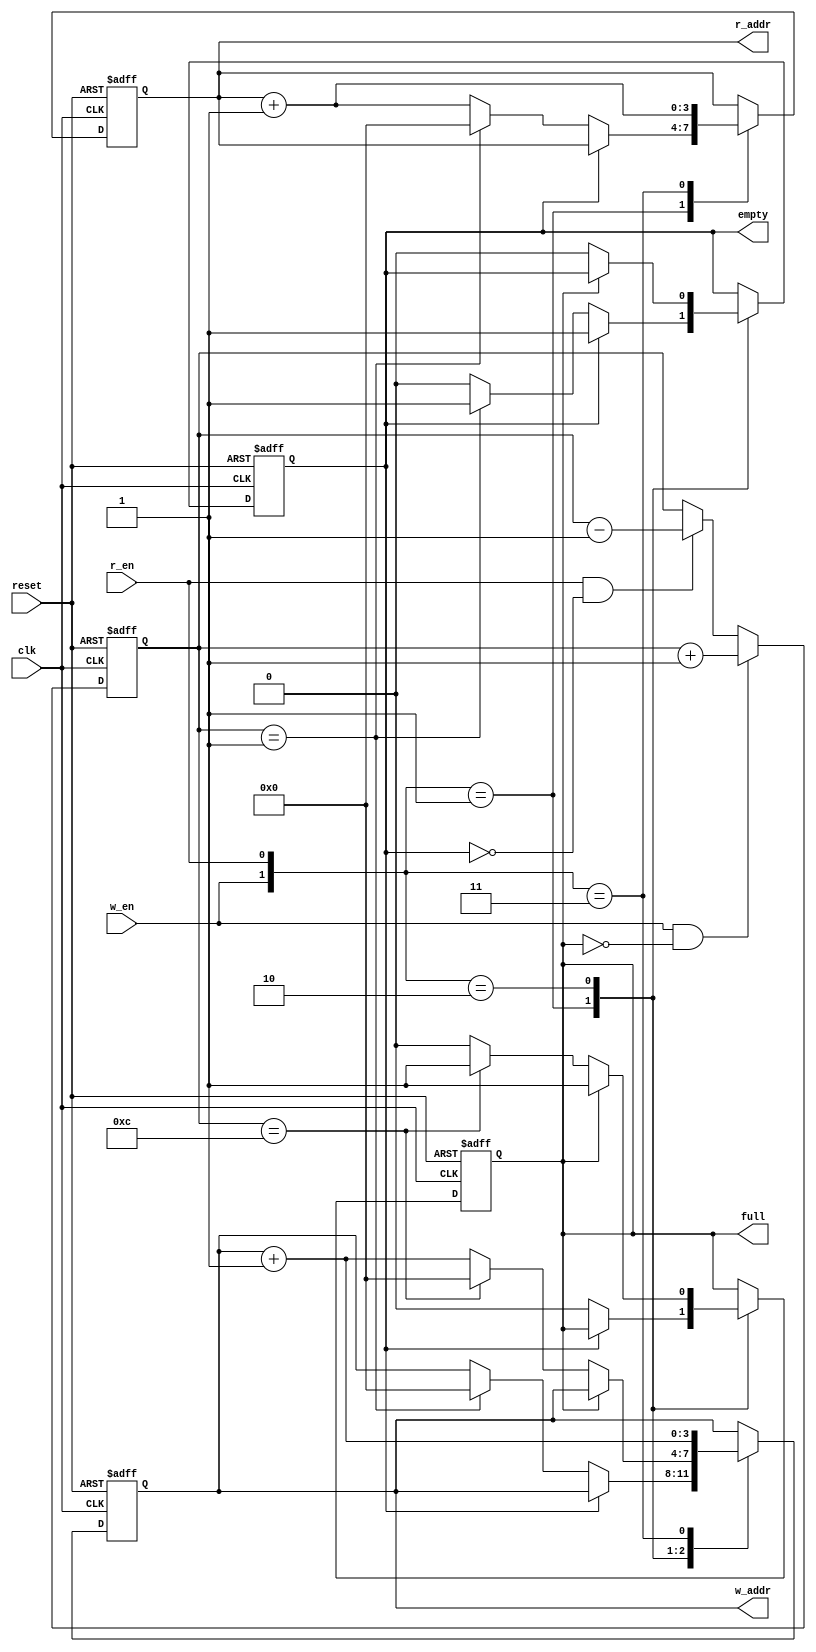
`timescale 1ns / 1ps
//////////////////////////////////////////////////////////////////////////////////
// Company: 
// Engineer: 
// 
// Design Name: 
// Module Name: fifo_controller
// Project Name: 
// Target Devices: 
// Tool Versions: 
// Description: 
// 
// Dependencies: 
// 
// Revision:
// Revision 0.01 - File Created
// Additional Comments:
// 
//////////////////////////////////////////////////////////////////////////////////


module fifo_controller
    #(
        parameter ADDR_WIDTH = 4, 
        parameter ADDR_AVAILABLE = 13
    )
    (   
        input clk, reset,
        input w_en, r_en, 
        output full, empty, 
        output [ADDR_WIDTH -1: 0] w_addr, 
        output [ADDR_WIDTH -1: 0] r_addr  
    );
    
    reg [ADDR_WIDTH -1: 0] w_ptr_reg;
    reg [ADDR_WIDTH -1: 0] r_ptr_reg;
    reg [ADDR_WIDTH -1: 0] w_ptr_next; 
    reg [ADDR_WIDTH -1: 0] r_ptr_next; 
    reg                    full_reg;  
    reg                    full_next; 
    reg                    empty_reg;  
    reg                    empty_next;
    reg [ADDR_WIDTH -1: 0] count_reg; 
    
    always @(posedge clk or posedge reset) begin 
        if(reset) begin 
           w_ptr_reg <= 0; 
           r_ptr_reg <= 0; 
           full_reg  <= 0; 
           empty_reg <= 1; 
           count_reg <= 0;          
        end else begin 
            w_ptr_reg <= w_ptr_next; 
            r_ptr_reg <= r_ptr_next; 
            full_reg  <= full_next; 
            empty_reg <= empty_next; 
            if(w_en & !full_reg) begin 
                count_reg <= count_reg + 1; 
            end else begin
                if(r_en & !empty_reg) count_reg <= count_reg - 1;   
            end 
        end
    end
    
    always @* begin 
        w_ptr_next = w_ptr_reg; 
        r_ptr_next = r_ptr_reg;
         
        full_next  = full_reg; 
        empty_next = empty_reg; 
        
        case ({w_en, r_en})
        //  2'b00: 
            2'b01:  if (~empty_reg) begin  //not empty
                        r_ptr_next = r_ptr_reg + 1; 
                        full_next  = 1'b0; 
                        if (count_reg == 1) begin 
                            empty_next = 1'b1;
                            w_ptr_next = 1'b0; 
                            r_ptr_next = 1'b0; 
                        end
                    end
            2'b10:  if(~full_reg) begin  //not full
                        w_ptr_next = w_ptr_reg + 1;
                        empty_next = 1'b0; 
                        if (count_reg == ADDR_AVAILABLE - 1) begin 
                            full_next = 1'b1;
                            w_ptr_next = 1'b0;       
                        end
                    end   
            2'b11:  begin
                        w_ptr_next = w_ptr_reg + 1; 
                        r_ptr_next = r_ptr_reg + 1; 
                    end
        endcase 
    end
    
    assign w_addr = w_ptr_reg; 
    assign r_addr = r_ptr_reg;  
    assign full = full_reg; 
    assign empty = empty_reg; 
    
endmodule